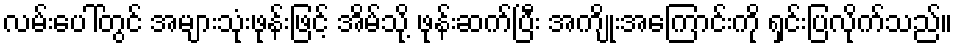
လမ်းပေါ်တွင် အများသုံးဖုန်းဖြင့် အိမ်သို့ ဖုန်းဆက်ပြီး အကျိုးအကြောင်းကို ရှင်းပြလိုက်သည်။